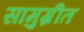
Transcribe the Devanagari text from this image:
सामुग्रीत